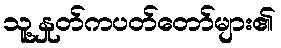
သူ့နှုတ်ကပတ်တော်များ၏